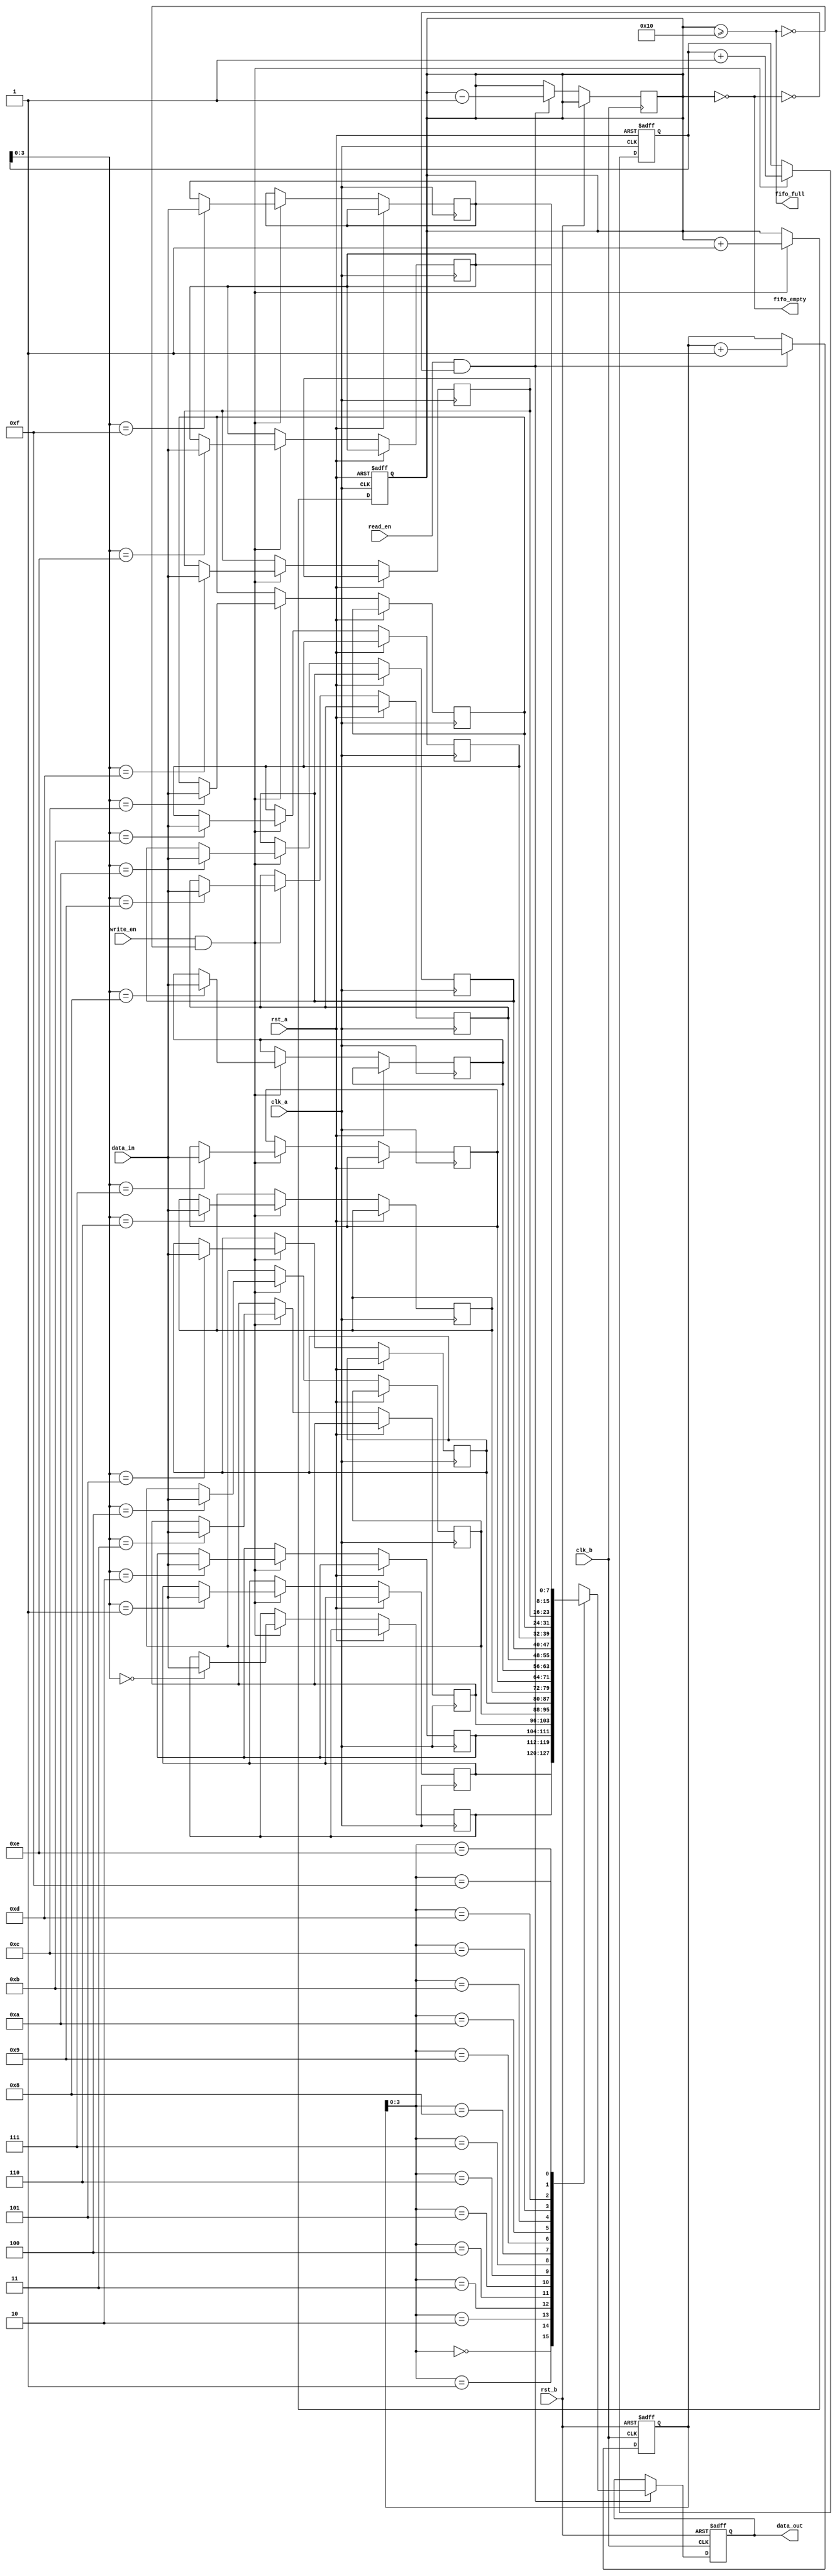
module fifo_sync #(
    parameter DATA_WIDTH = 8,    // Data width
    parameter FIFO_DEPTH = 16     // FIFO depth
)(
    input wire clk_a,             // Clock A
    input wire clk_b,             // Clock B
    input wire rst_a,             // Reset for Clock A domain
    input wire rst_b,             // Reset for Clock B domain
    input wire [DATA_WIDTH-1:0] data_in, // Data input
    input wire write_en,          // Write enable
    output wire fifo_full,        // FIFO full flag
    output wire fifo_empty,       // FIFO empty flag
    output wire [DATA_WIDTH-1:0] data_out, // Data output
    input wire read_en            // Read enable
);

// FIFO memory
reg [DATA_WIDTH-1:0] fifo_mem [0:FIFO_DEPTH-1];
reg [4:0] write_ptr;           // Write pointer
reg [4:0] read_ptr;            // Read pointer
reg [4:0] fifo_count;          // FIFO count

// Write logic (Clock A domain)
always @(posedge clk_a or posedge rst_a) begin
    if (rst_a) begin
        write_ptr <= 0;
        fifo_count <= 0;
    end else if (write_en && !fifo_full) begin
        fifo_mem[write_ptr] <= data_in;
        write_ptr <= write_ptr + 1;
        fifo_count <= fifo_count + 1;
    end
end

// Read logic (Clock B domain)
reg [DATA_WIDTH-1:0] data_out_reg;

always @(posedge clk_b or posedge rst_b) begin
    if (rst_b) begin
        read_ptr <= 0;
        data_out_reg <= 0;
    end else if (read_en && !fifo_empty) begin
        data_out_reg <= fifo_mem[read_ptr];
        read_ptr <= read_ptr + 1;
        fifo_count <= fifo_count - 1;
    end
end

// FIFO status flags
assign fifo_full = (fifo_count >= FIFO_DEPTH);
assign fifo_empty = (fifo_count == 0);
assign data_out = data_out_reg;

// Synchronization for read and write pointers
reg [4:0] sync_read_ptr_1, sync_read_ptr_2;
always @(posedge clk_b or posedge rst_b) begin
    if (rst_b) begin
        sync_read_ptr_1 <= 0;
        sync_read_ptr_2 <= 0;
    end else begin
        sync_read_ptr_1 <= read_ptr;
        sync_read_ptr_2 <= sync_read_ptr_1;
    end
end

// Optional: Add additional logic to handle overflow and underflow conditions
// and to manage the FIFO state transitions if necessary.

endmodule